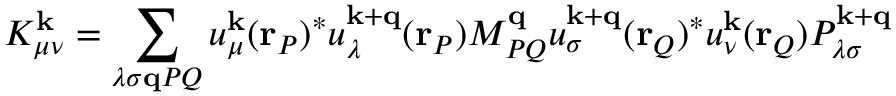
K _ { \mu \nu } ^ { \mathbf { k } } = \sum _ { \lambda \sigma \mathbf { q } P Q } u _ { \mu } ^ { \mathbf { k } } ( \mathbf { r } _ { P } ) ^ { * } u _ { \lambda } ^ { \mathbf { k } + \mathbf { q } } ( \mathbf { r } _ { P } ) M _ { P Q } ^ { \mathbf { q } } u _ { \sigma } ^ { \mathbf { k } + \mathbf { q } } ( \mathbf { r } _ { Q } ) ^ { * } u _ { \nu } ^ { \mathbf { k } } ( \mathbf { r } _ { Q } ) P _ { \lambda \sigma } ^ { \mathbf { k } + \mathbf { q } }